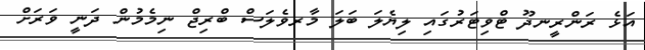
އަޅެ ރަންރީނދޫ ޓްވިޓަރުގައި ލިޔެލަ ބަލަ މާރވެލަސް ބްރިޖް ނިމެމުން ދަނީ ވަރަށް